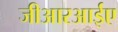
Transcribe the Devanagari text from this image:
जीआरआईए